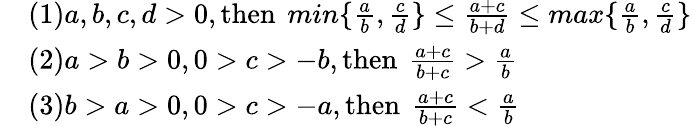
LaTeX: \begin{array}{rl}&{(1)a,b,c,d>0,\operatorname{then}\ min\{ \frac{a}{b},\frac{c}{d}\} \leq\frac{a+c}{b+d}\leq max\{ \frac{a}{b},\frac{c}{d}\} }\\ &{(2)a>b>0,0>c>-b,\operatorname{then}\ \frac{a+c}{b+c}>\frac{a}{b}}\\ &{(3)b>a>0,0>c>-a,\operatorname{then}\ \frac{a+c}{b+c}<\frac{a}{b}}\end{array}